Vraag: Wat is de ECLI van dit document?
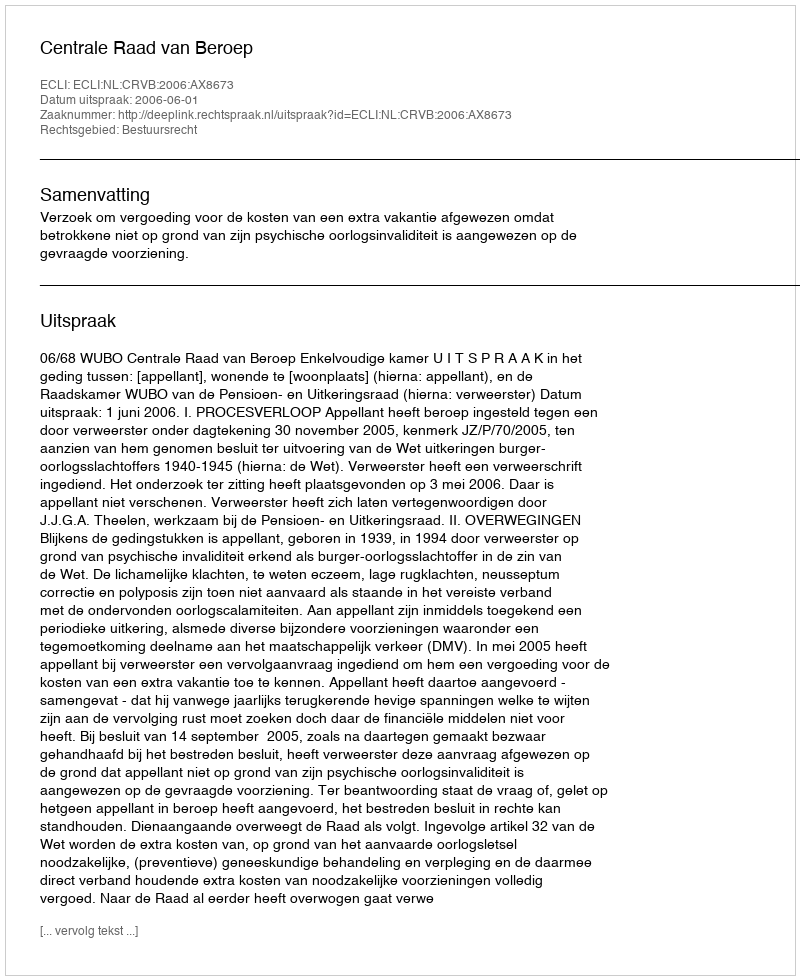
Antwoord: ECLI:NL:CRVB:2006:AX8673